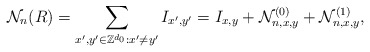
\begin{align*} {\mathcal N}_n(R)=\sum_{x',y'\in\mathbb Z^{d_0}:x'\ne y'}I_{x',y'}=I_{x,y}+{\mathcal N}_{n,x,y}^{(0)}+{\mathcal N}_{n,x,y}^{(1)},\end{align*}